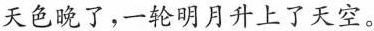
天色晚了，一轮明月升上了天空。